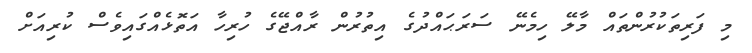
މި ފަރިތަކުރުންތައް މާލޭ ހިމެނޭ ސަރަޙައްދުގެ އިތުރުން ރާއްޖޭގެ ހުރިހާ އަތޮޅެއްގައިވެސް ކުރިއަށް